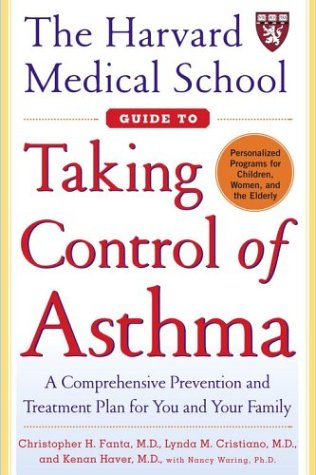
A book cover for The Harvard Medical School Guide To Taking Control Of Asthma; Lynda, M.D. Cristiano; Health, Fitness & Dieting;